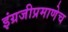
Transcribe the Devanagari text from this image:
इंग्रजीप्रमाणेच